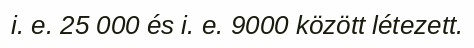
i. e. 25 000 és i. e. 9000 között létezett.